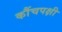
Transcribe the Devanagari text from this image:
कौंचपक्षी